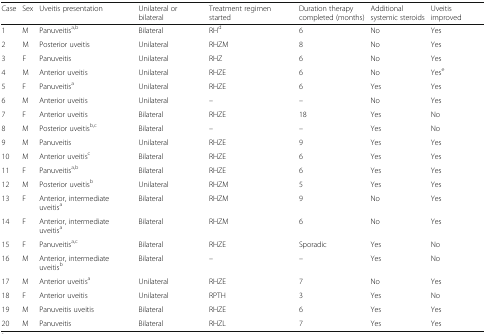
<table><thead><tr><td><b>Case</b></td><td><b>Sex</b></td><td><b>Uveitis presentation</b></td><td><b>Unilateral or bilateral</b></td><td><b>Treatment regimen started</b></td><td><b>Duration therapy completed (months)</b></td><td><b>Additional systemic steroids</b></td><td><b>Uveitis improved</b></td></tr></thead><tbody><tr><td>1</td><td>M</td><td>Panuveitis<sup>a,b</sup></td><td>Bilateral</td><td>RH<sup>d</sup></td><td>6</td><td>No</td><td>Yes</td></tr><tr><td>2</td><td>M</td><td>Posterior uveitis</td><td>Unilateral</td><td>RHZM</td><td>8</td><td>No</td><td>Yes</td></tr><tr><td>3</td><td>F</td><td>Panuveitis</td><td>Unilateral</td><td>RHZ</td><td>6</td><td>No</td><td>Yes</td></tr><tr><td>4</td><td>M</td><td>Anterior uveitis</td><td>Unilateral</td><td>RHZE</td><td>6</td><td>No</td><td>Yes<sup>e</sup></td></tr><tr><td>5</td><td>F</td><td>Panuveitis<sup>a</sup></td><td>Unilateral</td><td>RHZE</td><td>6</td><td>Yes</td><td>Yes</td></tr><tr><td>6</td><td>M</td><td>Anterior uveitis</td><td>Unilateral</td><td>–</td><td>–</td><td>No</td><td>Yes</td></tr><tr><td>7</td><td>F</td><td>Anterior uveitis</td><td>Bilateral</td><td>RHZE</td><td>18</td><td>Yes</td><td>No</td></tr><tr><td>8</td><td>M</td><td>Posterior uveitis<sup>b,c</sup></td><td>Bilateral</td><td>–</td><td>–</td><td>Yes</td><td>No</td></tr><tr><td>9</td><td>M</td><td>Panuveitis</td><td>Unilateral</td><td>RHZE</td><td>9</td><td>Yes</td><td>Yes</td></tr><tr><td>10</td><td>M</td><td>Anterior uveitis<sup>c</sup></td><td>Bilateral</td><td>RHZE</td><td>6</td><td>Yes</td><td>Yes</td></tr><tr><td>11</td><td>F</td><td>Panuveitis<sup>a,b</sup></td><td>Bilateral</td><td>RHZE</td><td>6</td><td>Yes</td><td>Yes</td></tr><tr><td>12</td><td>M</td><td>Posterior uveitis<sup>b</sup></td><td>Unilateral</td><td>RHZM</td><td>5</td><td>Yes</td><td>Yes</td></tr><tr><td>13</td><td>F</td><td>Anterior, intermediate uveitis<sup>a</sup></td><td>Bilateral</td><td>RHZM</td><td>9</td><td>No</td><td>Yes</td></tr><tr><td>14</td><td>F</td><td>Anterior, intermediate uveitis<sup>a</sup></td><td>Bilateral</td><td>RHZM</td><td>6</td><td>No</td><td>Yes</td></tr><tr><td>15</td><td>F</td><td>Panuveitis<sup>a,c</sup></td><td>Bilateral</td><td>RHZE</td><td>Sporadic</td><td>Yes</td><td>No</td></tr><tr><td>16</td><td>M</td><td>Anterior, intermediate uveitis<sup>b</sup></td><td>Bilateral</td><td>–</td><td>–</td><td>Yes</td><td>No</td></tr><tr><td>17</td><td>M</td><td>Anterior uveitis<sup>a</sup></td><td>Unilateral</td><td>RHZE</td><td>7</td><td>No</td><td>Yes</td></tr><tr><td>18</td><td>F</td><td>Anterior uveitis</td><td>Unilateral</td><td>RPTH</td><td>3</td><td>Yes</td><td>No</td></tr><tr><td>19</td><td>M</td><td>Panuveitis uveitis</td><td>Bilateral</td><td>RHZE</td><td>6</td><td>Yes</td><td>Yes</td></tr><tr><td>20</td><td>M</td><td>Panuveitis</td><td>Bilateral</td><td>RHZL</td><td>7</td><td>Yes</td><td>Yes</td></tr></tbody></table>